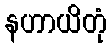
နဟာယိတုံ